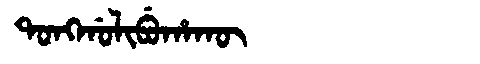
Manchu: ᡨᠣᠩᡤᠣᠯᡳᠪᡠᡥᠠᡴᡡ
Romanization: TONGGOLIBUHAKŪ